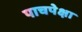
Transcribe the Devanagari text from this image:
पाचपेक्षा